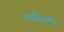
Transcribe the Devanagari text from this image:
व्याप्तियाँ